Calcutta medical institutions reports 1871-78
Year: 1871
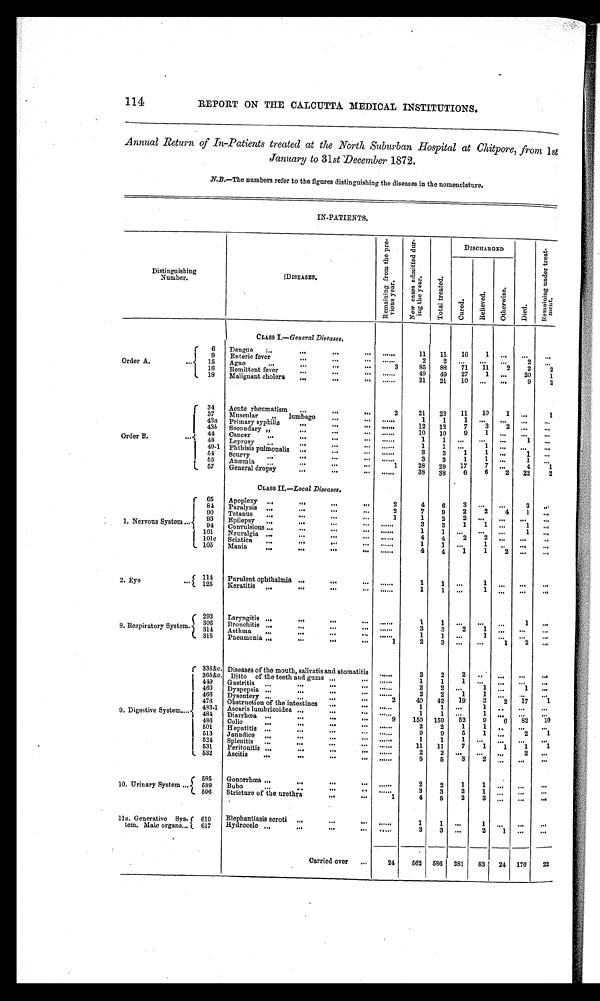
114
REPORT ON THE CALCUTTA MEDICAL INSTITUTIONS.
Annual Return of In-Patients treated at the North Suburban Hospital at Chitpore, from 1st
January to 31st December 1872.
N.11.—The numbers refer to the figures distinguishing the diseases in the nomenclature.
IN-PATIENTS.
Distinguishing
Number.
(DISEASES.
1?.
GL
m
•-2 1
S
o
,..t.' ,..1
a
to
••2 i ' -.)
.- .
z
" C71' ,.'
,-,
'.
,cz
ro 0
....,
....
•
a c. 3
g3 °)._.
T. o
6 -1
CIS g
',4 •
rd a
7,
2
4-,
-cl
:,
E-I
DISCHARGED
-d
'
.4
a ...
•• CI
a
0
rx
...
.. uz
i,
P-1
•
T.
m
0
'.: F
.
i
g
e
i
li,
"
0
\
CLASS L—General Diseases.
r
1
Order A.
,...{
i
L.
6
Dengue
„.
...
...
...
.....•
n n 10 1 ... ,.. ...
9
Enteric fever
„•...
•". ...
2
...
15
Ague
...
•••
...
•.
3
85
88
71
11
2
2
2
16
Remittent fever
...
".
......
49
49
27
1 •..
20
1
18
Malignant cholera
...
•..
...
......
21
21
10 ...
...
9
2
,
C
1
Order B.....{
1
L
34
Acute rheumatism
...
...
...
2
21
23
11
10
1 „
1
37
Muscular„
...
—
.... ..
1
1
1
430 Primary syphiis
•••
...
.. ......
12
12
7
3
2
435
Secondary „
..•
...
6.
.....
10
10
9
1 41.
11.6
4..
44
Cancer
...
...
-•
••• ......
...
1 ...
48
Leprosy _ ...
•••
•••
......
1
1
...
1 •••
...
...
49-1 plithisis pUlMenalia
•••
.1
•.:
.
......
3
3
1
1 ..
54
Scurvy
....
...
...
..,
.....
3
3
1
1 ...
1
55
Antemia
...
.”
...
•..
1
28
29
17
7
4
1
57
General dropsy
...
•••
... ......
38
38
6
6
2
22
2
CLASS IL—Local Diseases.
(
I
1
1. Nervous
... il
System
i
1
1.
65
Apoplexy
„,
.11
...
2
4
6
•••
•••
3
..•
81
Paralysis
„.
".
...
a*.
2
7
9
2
2
4
1
..,
90
Tetanus
...
•••
...
...
1
1
2
2
93.
Epilepsy. ...
,..
•••
1.
......
3
3
1
1 _
1 ...
9
Convulsions
ions ...
...
•••
". .....
1 ...
101
Neuralgia ...
...
-•
1.
4
4
...
101c Sciatica
...
...
...
....
....
1
1
...
1
105
Mania
...
"'
••• ......
4
4
1
1
2 ".
".
2. Eye
••• S
114
Purulent ophthalmia ...4011
000
......
1
1 ...
1 .$ ".
..,
125
Iteratitis
..
.41
...
..
......
1
1 ...
1
8. Respiratory System.
293
Laryngitis ..,•••
.....
1
1 ...
306
Bronchitis
."
...
—
......
3
3
2
1
314
....
Asthma
•..
...
••
.....
1
1 ...
1
315
Pneumonia ...
•••
...
".
1
1
2
...
I
9. Digestive System—. j
( 339&e. Diseases of the mouth, salivatis and stomatiti
,, ...
2
2
..
,,,
...
„,
3658:c Ditto of the teeth and gums ..•••
......
1
1
419
Gastritis
...
...
...
."
......
2
2 ...
1 ...
1 ...
460
Dyspepsia...
".
".
—
......
2
2
1
1
466
Dysentery ...
...
2
40
42
19
3
2
17
1
476
Obstruction of the intestines ...
...
......
1
1
4, 83-1 Ascaris lumbricoidos ...
•••
..**
......
1
151 9
1
, 484
Diarrho3a ...
...
...
...
9
150
-5. 1 2
91
8
82
10
486
Colic
...
.
...
." ......
2
2
501
1
Hepatitis ...
...—
...
......
9
9
5
1 „.
2
1
513
Jaundice
..,
•80
O.
•..
......
1
1
1
1 521
Splenitis
...
...
..•
...
......
11
1]
7
1
1
1
1
1 531 Peritonitis ...
**.
...
”. ......
2
...
l 532
Aacitis
...
•••
...
... ......
5
5
3
2
10. Urinary System ....{
585
Gonorrhcea ..,41 1.
...
—
2
2
1
1 '''
'"
.4
599
Bubo
...
-.
..
..
.... .
... ..
3
3
2
1 ...
•••
•••
596
Stricture of the urethra
...
•••
1
4
5
2
...
...
...
lle. Generative Sys-
tem. Male organs,..
•
f 610
Elephantiasis scroti
...
4184
."
......
1
1 •..
1
t 617
Hydrocele
— —
Carried over
•..
24
562 586 281
83
24 176
22